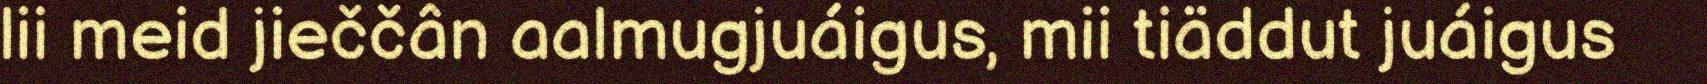
lii meid jieččân aalmugjuáigus, mii tiäddut juáigus